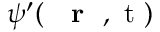
\psi ^ { \prime } ( \mathrm { ~ { ~ \bf ~ r ~ } ~ , ~ t ~ } )